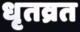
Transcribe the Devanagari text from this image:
धृतव्रत